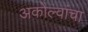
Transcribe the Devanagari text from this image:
अकोल्वांचा